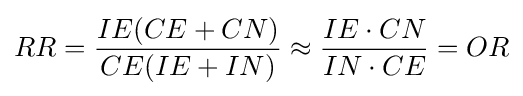
RR={\frac {IE(CE+CN)}{CE(IE+IN)}}\approx {\frac {IE\cdot CN}{IN\cdot CE}}=OR